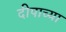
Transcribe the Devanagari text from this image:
दीपाच्या